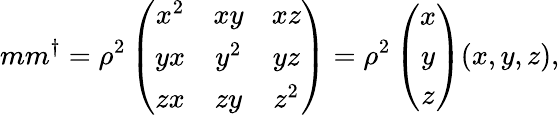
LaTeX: mm^{\dagger}=\rho^{2}\left(\begin{array}{ccc}{{x^{2}}}&{{xy}}&{{xz}}\\ {{yx}}&{{y^{2}}}&{{yz}}\\ {{zx}}&{{zy}}&{{z^{2}}}\end{array}\right)=\rho^{2}\left(\begin{array}{c}{{x}}\\ {{y}}\\ {{z}}\end{array}\right)(x,y,z),